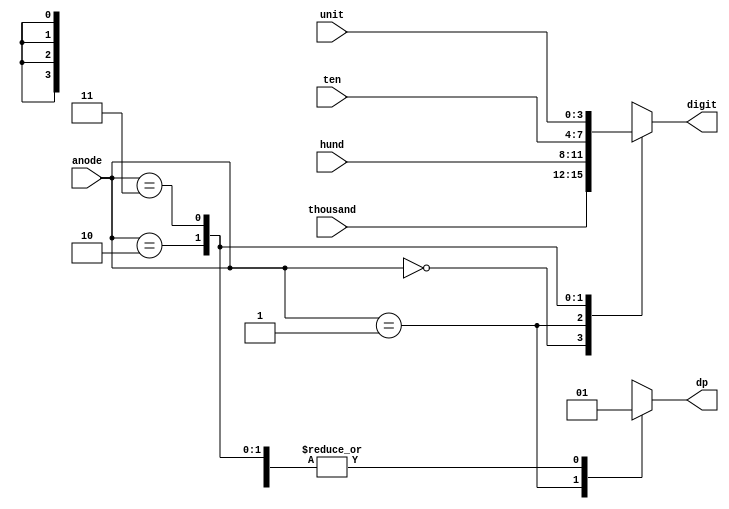
`timescale 1ns / 1ps
//////////////////////////////////////////////////////////////////////////////////
// Company: 
// Engineer: 
// 
// Design Name: 
// Module Name: cathode_controller
// Project Name: 
// Target Devices: 
// Tool Versions: 
// Description: 
// 
// Dependencies: 
// 
// Revision:
// Revision 0.01 - File Created
// Additional Comments:
// 
//////////////////////////////////////////////////////////////////////////////////


module cathode_controller(
input [1:0] anode,
input [3:0] thousand,
input [3:0] hund,
input [3:0] ten,
input [3:0] unit,
output reg [3:0] digit,
output reg dp

    );
    always @(anode)
    begin
    case (anode)
    2'b00:
    begin
    digit<=thousand;
    dp<=1;
    end
    2'b01:
    begin
    digit<=hund;
    dp<=0;
    end
    2'b10:
    begin
    digit<=ten;
    dp<=1;
    end
    2'b11:
    begin
    digit<=unit;
    dp<=1;
    end
    default :
    begin
    digit<=0;
    dp<=1;
    end
    endcase
    end
    
endmodule